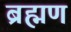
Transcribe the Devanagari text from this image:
ब्रह्मण